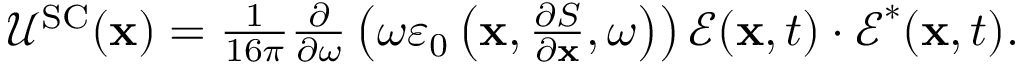
\begin{array} { r } { \mathcal { U } ^ { \mathrm { S C } } ( \mathbf { x } ) = \frac { 1 } { 1 6 \pi } \frac { \partial } { \partial \omega } \left( \omega \varepsilon _ { 0 } \left( \mathbf { x } , \frac { \partial S } { \partial \mathbf { x } } , \omega \right) \right) \boldsymbol { \mathcal { E } } ( \mathbf { x } , t ) \cdot \boldsymbol { \mathcal { E } } ^ { * } ( \mathbf { x } , t ) . } \end{array}